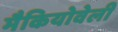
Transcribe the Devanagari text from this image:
मैकियोवेली